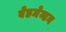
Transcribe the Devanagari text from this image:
बेडमेन्टन